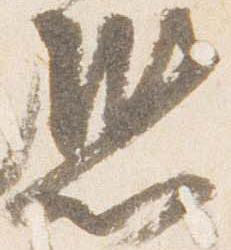
恐